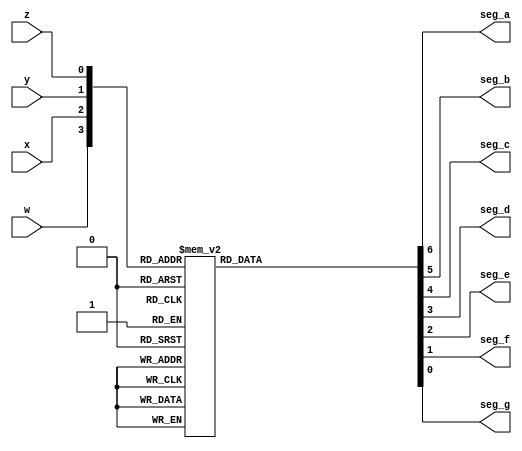
`timescale 1ns / 1ps
//////////////////////////////////////////////////////////////////////////////////
// Company: ITESO
// Binary to 7 segments Display: Common Anode
//////////////////////////////////////////////////////////////////////////////////
module decoder_bin_hex_7seg(
    input w,
    input x,
    input y,
    input z,
    output seg_a,
    output seg_b,
    output seg_c,
    output seg_d,
    output seg_e,
    output seg_f,
    output seg_g
   );
//				     abc_defg
parameter cero  = 7'b000_0001;
parameter uno   = 7'b100_1111;
parameter dos   = 7'b001_0010;
parameter tres  = 7'b000_0110;
parameter cuatro= 7'b100_1100;
parameter cinco = 7'b010_0100;
parameter seis  = 7'b010_0000;
parameter siete = 7'b000_1111;
parameter ocho  = 7'b000_0000;
parameter nueve = 7'b000_0100;
parameter A     = 7'b000_1000;
parameter b     = 7'b110_0000;
parameter C     = 7'b011_0001;
parameter d     = 7'b100_0010;
parameter E     = 7'b011_0000;
parameter F     = 7'b011_1000;

reg [6:0]segmentos;
always @(w,x,y,z)
	begin
	 case ({w,x,y,z})
	  4'h0: segmentos = cero;
	  4'h1: segmentos = uno;
	  4'h2: segmentos = dos;
	  4'h3: segmentos = tres;
	  4'h4: segmentos = cuatro;
	  4'h5: segmentos = cinco;
	  4'h6: segmentos = seis;
	  4'h7: segmentos = siete;
	  4'h8: segmentos = ocho;
	  4'h9: segmentos = nueve;
	  4'hA: segmentos = A;
	  4'hB: segmentos = b;
	  4'hC: segmentos = C;
	  4'hD: segmentos = d;
	  4'hE: segmentos = E;
	  4'hF: segmentos = F;
	  default: segmentos = 7'b1111110; // -	    
      endcase
	end
assign {seg_a, seg_b, seg_c, seg_d,
        seg_e, seg_f, seg_g} = segmentos;
endmodule